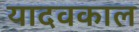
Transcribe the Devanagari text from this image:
यादवकाल